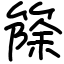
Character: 篨